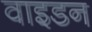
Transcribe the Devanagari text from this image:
वाइडन